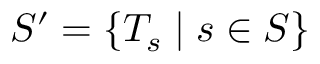
S ^ { \prime } = \{ T _ { s } \mid s \in S \}